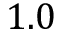
1 . 0